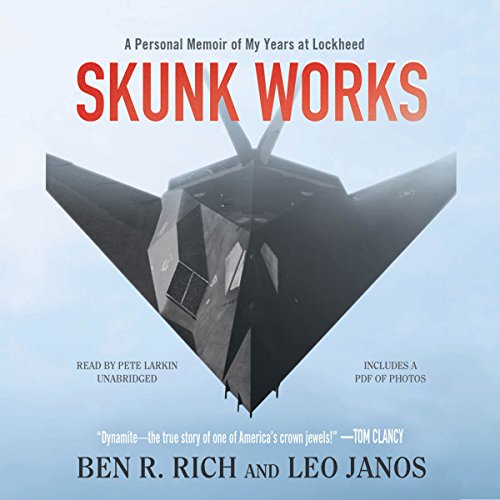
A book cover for Skunk Works: A Personal Memoir of My Years of Lockheed; Ben R. Rich; Business & Money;